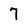
Character: 7